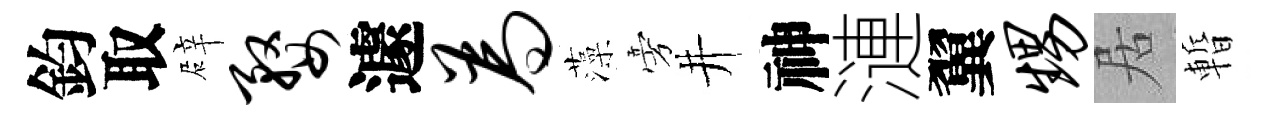
鈞取辟婺遽为藻旁井神漣翼甥居暫